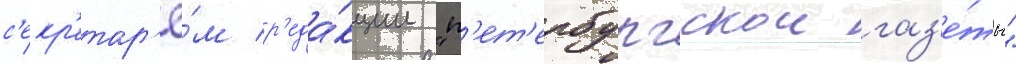
с'екр'етар'ё́м р'еда́кции "п'ет'ербургскои газ'е́ты"